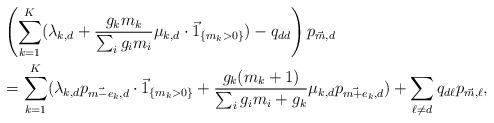
LaTeX: \begin{align*} & \left(\sum_{k=1}^K (\lambda_{k,d} + \frac{g_k m_k}{\sum_i g_i m_i}\mu_{k,d} \cdot\vec{1}_{\{m_k>0\}}) - q_{dd}\right)p_{\vec{m},d} \\ & =\sum_{k=1}^K(\lambda_{k,d}p_{\vec{m-e}_k,d} \cdot\vec{1}_{\{m_k>0\}} + \frac{g_k (m_k+1)}{\sum_i g_i m_i + g_k}\mu_{k,d}p_{\vec{m+e}_k,d}) + \sum_{\ell\neq d}q_{d\ell}p_{\vec{m},\ell},\end{align*}